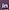
in